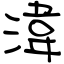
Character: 湋